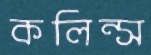
কলিন্স